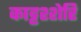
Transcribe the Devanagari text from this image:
काट्टश्शेरि